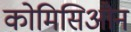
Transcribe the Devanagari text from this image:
कोमिसिओन